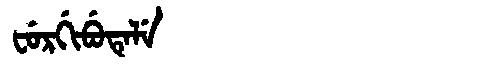
Manchu: ᠸᡠᡵᡤᡳᠪᡠᡨᡝᠯᡝ
Romanization: FURGIBUTELE